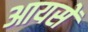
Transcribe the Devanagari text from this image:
आयसें